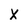
Character: x